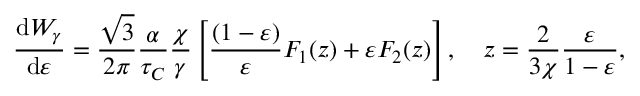
\frac { \mathrm { d } W _ { \gamma } } { \mathrm { d } \varepsilon } = \frac { \sqrt { 3 } } { 2 \pi } \frac { \alpha } { \tau _ { C } } \frac { \chi } { \gamma } \left[ \frac { ( 1 - \varepsilon ) } { \varepsilon } F _ { 1 } ( z ) + \varepsilon F _ { 2 } ( z ) \right] , \quad z = \frac { 2 } { 3 \chi } \frac { \varepsilon } { 1 - \varepsilon } ,